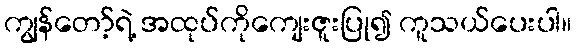
ကျွန်တော့်ရဲ့ အထုပ်ကိုကျေးဇူးပြု၍ ကူသယ်ပေးပါ။